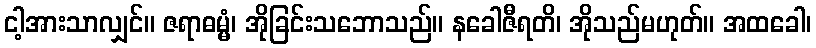
ငါ့အားသာလျှင်။ ဇရာဓမ္မံ၊ အိုခြင်းသဘောသည်။ နခေါဇီရတိ၊ အိုသည်မဟုတ်။ အထခေါ၊